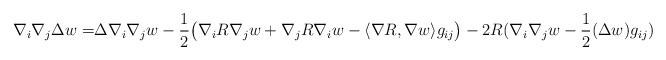
LaTeX: \begin{align*}\nabla_i\nabla_j\Delta w=&\Delta\nabla_i\nabla_jw-\frac{1}{2}\big(\nabla_iR\nabla_jw+\nabla_jR\nabla_iw-\langle\nabla R,\nabla w\rangle g_{ij}\big) -2R(\nabla_i\nabla_jw-\frac{1}{2}(\Delta w)g_{ij})\end{align*}